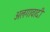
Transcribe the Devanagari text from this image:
अलगावादी